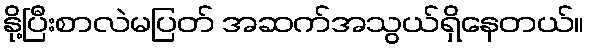
နို့ပြီးစာလဲမပြတ် အဆက်အသွယ်ရှိနေတယ်။